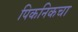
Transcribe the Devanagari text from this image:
पिकनिकचा